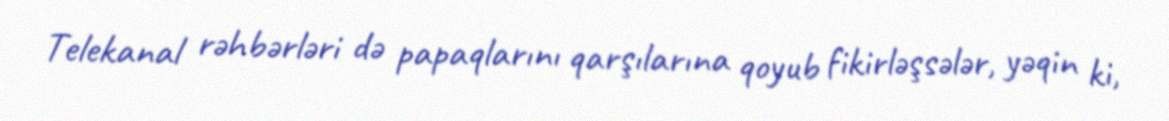
Telekanal rəhbərləri də papaqlarını qarşılarına qoyub fikirləşsələr, yəqin ki,